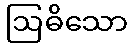
ဩဓိသော